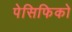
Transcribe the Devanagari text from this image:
पेसिफिको